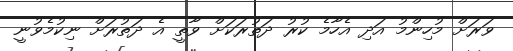
ވަރަށް މުހިންމު އަދި އެހާމެ ކުރު ދަތުރަކަށް ވާތީ އެ ދަތުރަށް ނިކުމެވުނީ